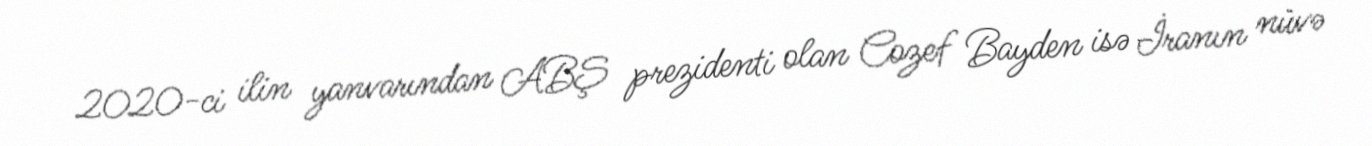
2020-ci ilin yanvarından ABŞ prezidenti olan Cozef Bayden isə İranın nüvə